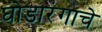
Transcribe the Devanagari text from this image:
घोडारंगाचे